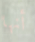
أنها